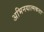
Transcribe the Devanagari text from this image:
अभिनयात्मकता